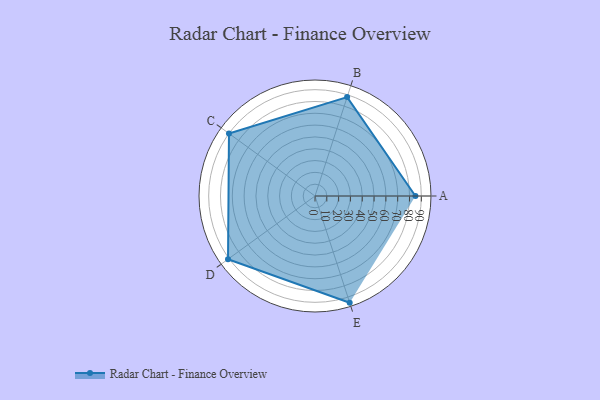
{"axis": {"x": "Skill", "y": "Score"}, "legend": ["Profile"], "data": [{"x": "A", "y": 85.0, "type": "Profile"}, {"x": "B", "y": 88.0, "type": "Profile"}, {"x": "C", "y": 90.0, "type": "Profile"}, {"x": "D", "y": 91.0, "type": "Profile"}, {"x": "E", "y": 95.0, "type": "Profile"}]}